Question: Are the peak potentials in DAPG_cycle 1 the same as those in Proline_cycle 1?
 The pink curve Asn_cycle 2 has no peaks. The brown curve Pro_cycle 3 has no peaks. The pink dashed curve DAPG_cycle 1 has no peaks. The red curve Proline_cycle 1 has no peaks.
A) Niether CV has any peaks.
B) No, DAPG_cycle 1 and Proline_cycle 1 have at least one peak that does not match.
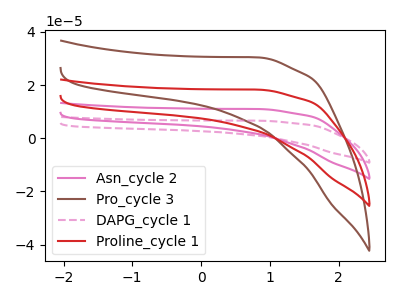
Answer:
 <answer>A) Niether CV has any peaks.</answer>
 <eval>A</eval>